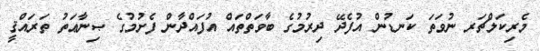
މެރިކަލްޗަރ ނުވަތަ ކަނޑުން އުފެދޭ ދިރުމުގެ ބާވަތްތައް އުފައްދާން ފެށުމުގެ ޞިނާޢަތު ތަރައްޤީ